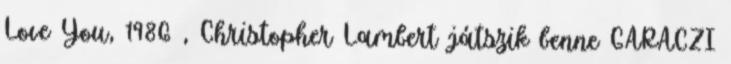
Love You, 1986 , Christopher Lambert játszik benne GARACZI